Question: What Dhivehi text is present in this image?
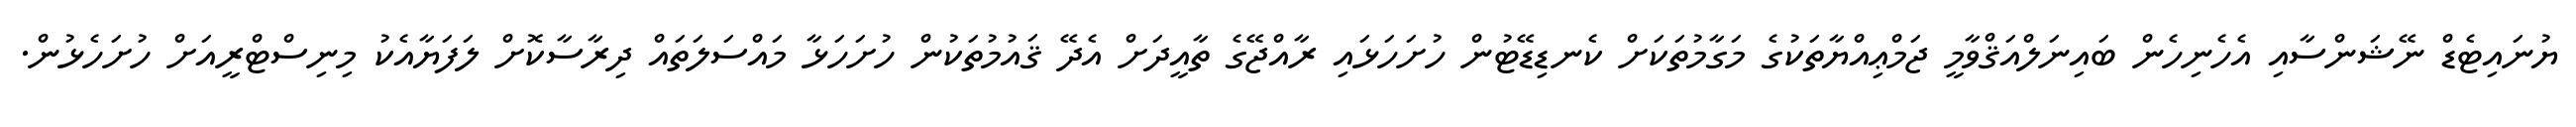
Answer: ޔުނައިޓެޑް ނޭޝަންސާއި އެހެނިހެން ބައިނަލްއަޤްވާމީ ޖަމްޢިއްޔާތަކުގެ މަގާމުތަކަށް ކެނޑިޑޭޓުން ހުށަހަޅައި ރާއްޖޭގެ ތާއީދަށް އެދޭ ޤައުމުތަކުން ހުށަހަޅާ މައްސަލަތައް ދިރާސާކޮށް ލަފަޔާއެކު މިނިސްޓްރީއަށް ހުށަހެޅުން.